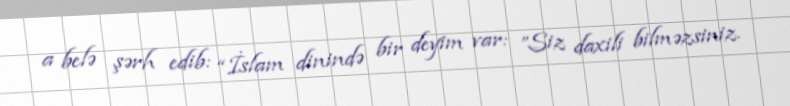
a belə şərh edib: “İslam dinində bir deyim var: ”Siz daxili bilməzsiniz.